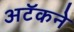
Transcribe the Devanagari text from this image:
अटॅकने